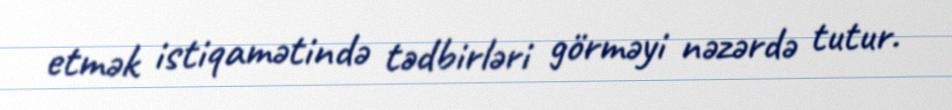
etmək istiqamətində tədbirləri görməyi nəzərdə tutur.